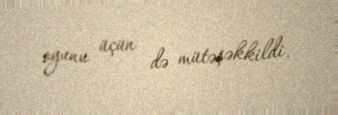
oyunu üçün də mütəşəkkildi.